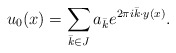
\begin{align*}u_0(x)=\sum_{\bar k\in J} a_{\bar k}e^{2\pi i\bar k\cdot y(x)}.\end{align*}